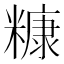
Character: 糠